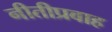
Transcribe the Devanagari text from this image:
नीतीप्रवाह